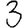
Digit: 3